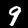
Label: 9